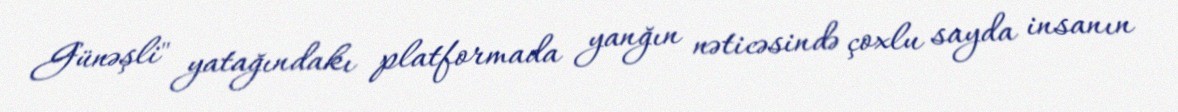
Günəşli" yatağındakı platformada yanğın nəticəsində çoxlu sayda insanın